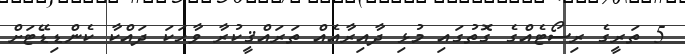
5 ތަރީގެ ރިސޯޓެއްގެ ގޮތުގައި މުޅި ދާއިރާއެއް ތަރައްޤީކުރާ ވާހަކަ ދައްކާ ކެންޑިޑޭޓަށް